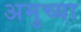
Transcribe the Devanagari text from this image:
अमुच्या